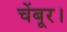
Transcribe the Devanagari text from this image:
चेंबूर।